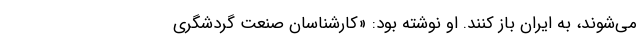
می‌شوند، به ایران باز کنند. او نوشته بود: «کارشناسان صنعت گردشگری